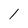
Character: 1